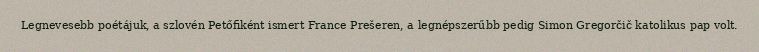
Legnevesebb poétájuk, a szlovén Petőfiként ismert France Prešeren, a legnépszerűbb pedig Simon Gregorčič katolikus pap volt.